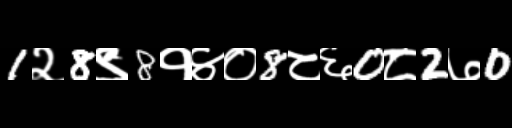
Text: 1२8९8१४०8८६0८2७0